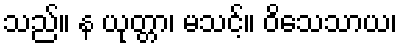
သည်။ န ယုတ္တာ၊ မသင့်။ ဝိသေသာယ၊